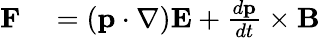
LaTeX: \begin{array}{rl}{\mathbf{F}}&{{}=\left(\mathbf{p}\cdot\nabla\right)\mathbf{E}+{\frac{d\mathbf{p}}{dt}}\times\mathbf{B}}\end{array}